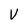
Character: V